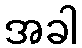
အခါ